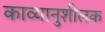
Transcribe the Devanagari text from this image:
काव्यानुशीलक